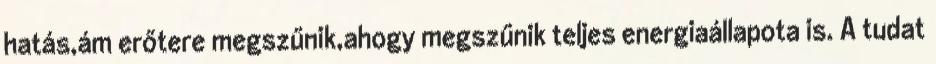
hatás,ám erőtere megszűnik,ahogy megszűnik teljes energiaállapota is. A tudat